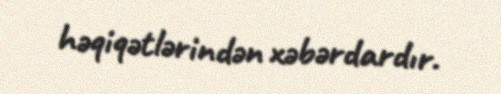
həqiqətlərindən xəbərdardır.